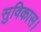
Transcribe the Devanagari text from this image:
सुविकास।